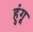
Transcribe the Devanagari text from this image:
हुंगू